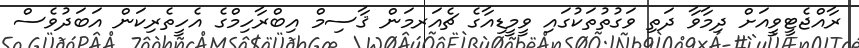
ރާއްޖެޓީވީއަށް ދިމާވާ ދަތި ވަގުތުތަކުގައި ވީމީޑިއާގެ ޗެއަރމަން ޤާސިމް އިބްރާހިމްގެ އެހީތެރިކަން އަބަދުވެސް